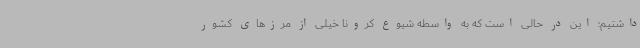
داشتیم؛ این در حالی است که به واسطه شیوع کرونا خیلی از مرزهای کشور